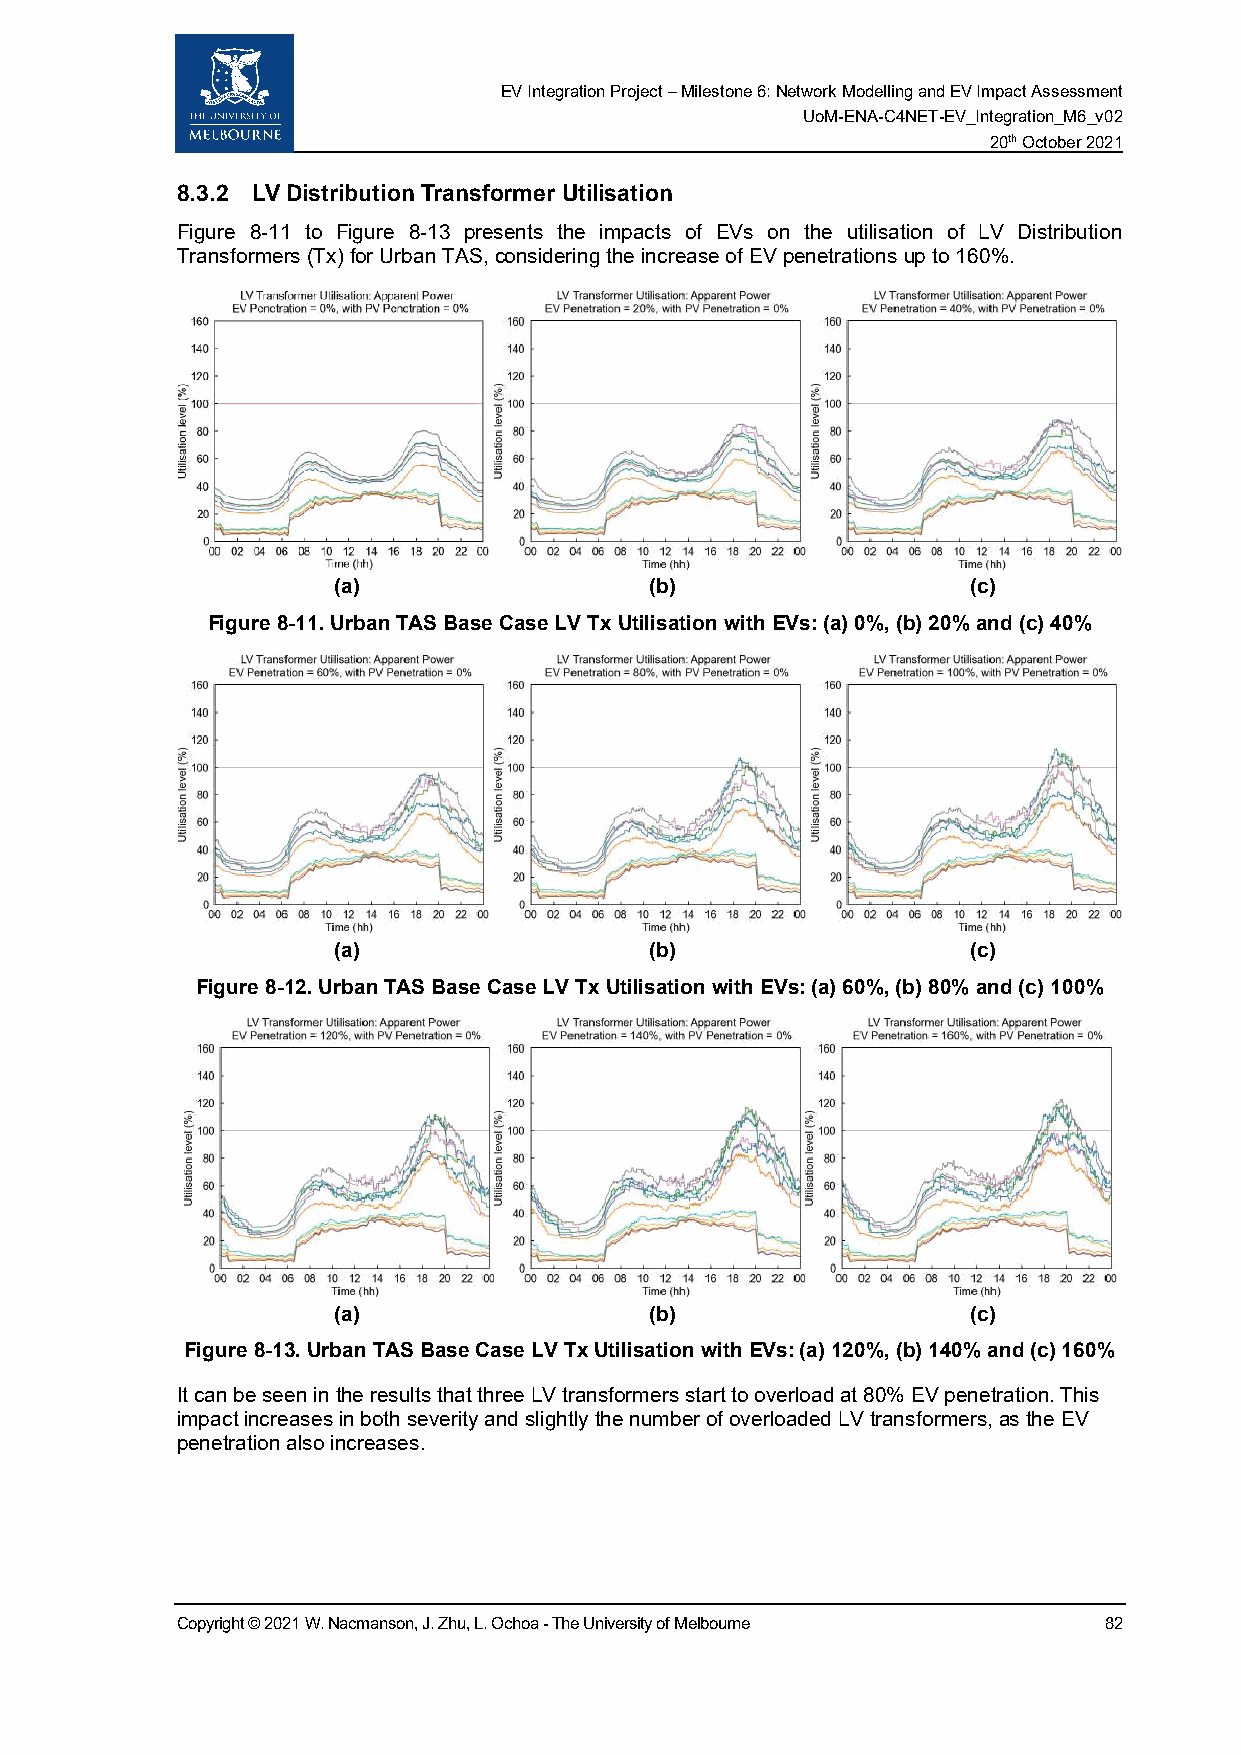
EV Integration Project – Milestone 6: Network Modelling and EV Impact Assessment
 UoM-ENA-C4NET-EV_Integration_M6_v02
 20th October 2021
 8.3.2 LV Distribution Transformer Utilisation
 Figure 8-11 to Figure 8-13 presents the impacts of EVs on the utilisation of LV Distribution
 Transformers (Tx) for Urban TAS, considering the increase of EV penetrations up to 160%.
 (a)                  (b)                  (c)
 Figure 8-11. Urban TAS Base Case LV Tx Utilisation with EVs: (a) 0%, (b) 20% and (c) 40%
 (a)                  (b)                  (c)
 Figure 8-12. Urban TAS Base Case LV Tx Utilisation with EVs: (a) 60%, (b) 80% and (c) 100%
 (a)                  (b)                  (c)
 Figure 8-13. Urban TAS Base Case LV Tx Utilisation with EVs: (a) 120%, (b) 140% and (c) 160%
 It can be seen in the results that three LV transformers start to overload at 80% EV penetration. This
 impact increases in both severity and slightly the number of overloaded LV transformers, as the EV
 penetration also increases.
 Copyright © 2021 W. Nacmanson, J. Zhu, L. Ochoa - The University of Melbourne 82